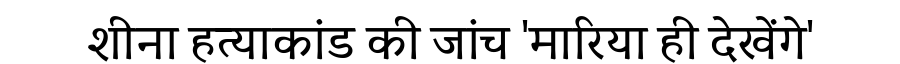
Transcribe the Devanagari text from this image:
शीना हत्याकांड की जांच 'मारिया ही देखेंगे'